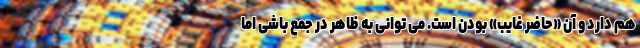
هم دارد و آن «حاضرِ غایب» بودن است. می توانی به ظاهر در جمع باشی اما